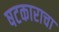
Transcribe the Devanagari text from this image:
षटकाराचा